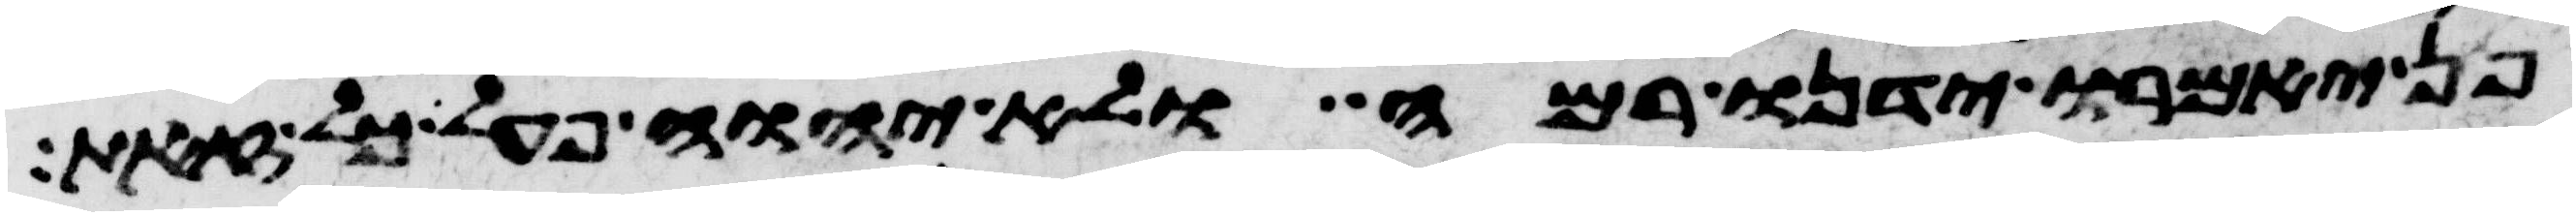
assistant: פן יאמרו ידינו רמה ולא יהוה פעל כל זאת